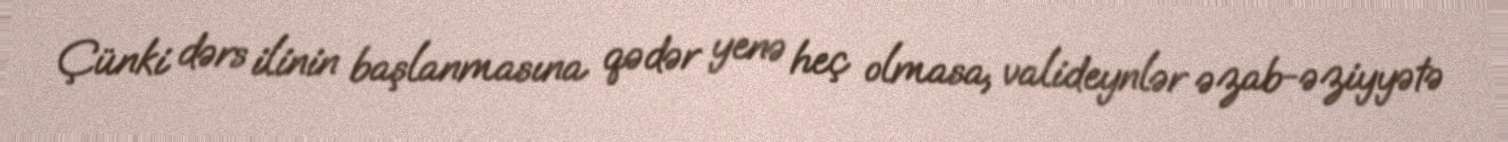
Çünki dərs ilinin başlanmasına qədər yenə heç olmasa, valideynlər əzab-əziyyətə